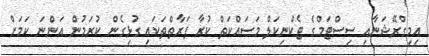
އިމިގްރޭޝަނާއި ސިސްޓަމްގެ ޓެކްނިކަލް މަސައްކަތް ކުރާ ފަރާތްތަކައި ގުޅިގެން ކުރަމުން އަންނަ ކަމަށް